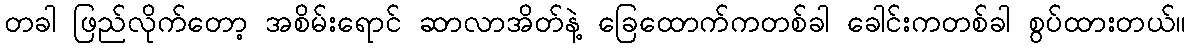
တခါ ဖြည်လိုက်တော့ အစိမ်းရောင် ဆာလာအိတ်နဲ့ ခြေထောက်ကတစ်ခါ ခေါင်းကတစ်ခါ စွပ်ထားတယ်။